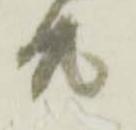
共